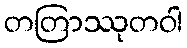
တတြာဿုတဝါ